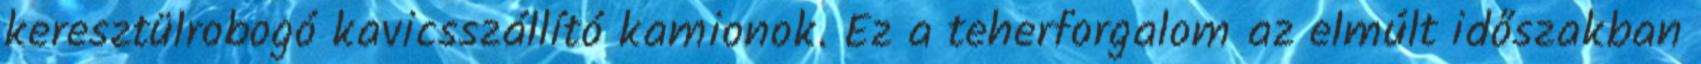
keresztülrobogó kavicsszállító kamionok. Ez a teherforgalom az elmúlt időszakban